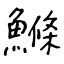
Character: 鰷